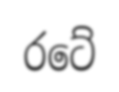
රටේ